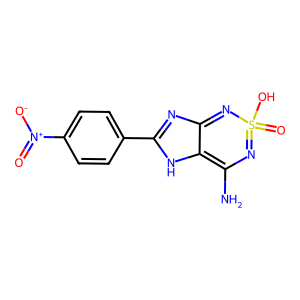
SMILES: NC1=c2[nH]c(-c3ccc([N+](=O)[O-])cc3)nc2=NS(=O)(O)=N1
Inhibits HIV replication: No